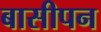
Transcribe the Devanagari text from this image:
बासीपन